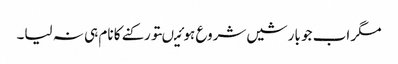
مگر اب جو بارشیں شروع ہوئیںتو رکنے کا نام ہی نہ لیا۔